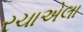
રચાએલા